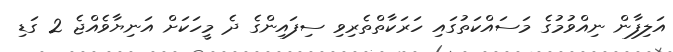
އަލިފާން ނިއްވުމުގެ މަސައްކަތުގައި ހަރަކާތްތެރިވި ސިފައިންގެ ދެ މީހަކަށް އަނިޔާވެއްޖެ 2 ގަޑި